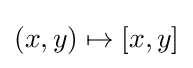
\left(x,y\right)\mapsto \left[x,y\right]